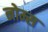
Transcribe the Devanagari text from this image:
नोम्स